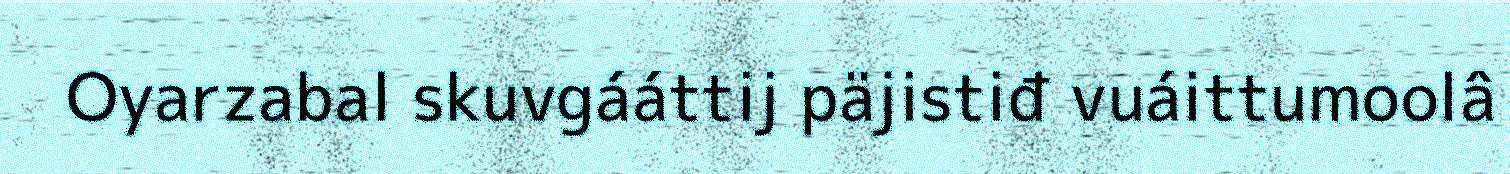
Oyarzabal skuvgááttij päjistiđ vuáittumoolâ